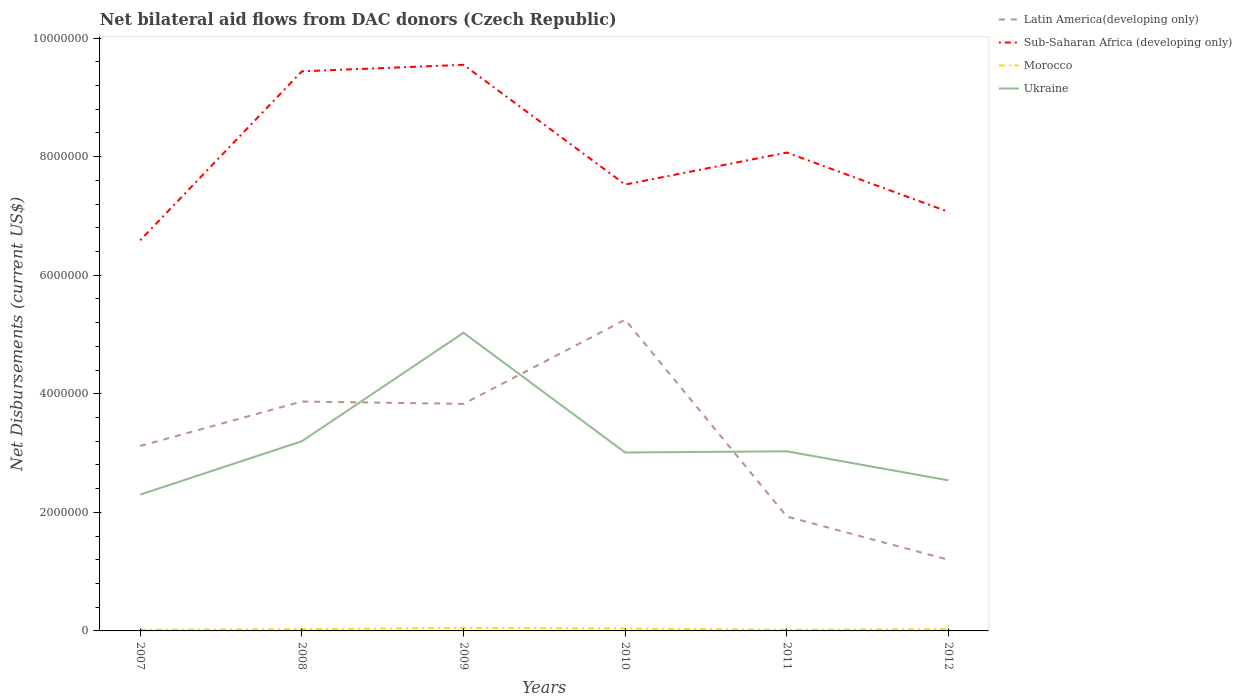
| Years | Latin America(developing only) | Sub-Saharan Africa (developing only) | Morocco | Ukraine |
 | --- | --- | --- | --- | --- |
 | 2007 | 3.12e+06 | 6.59e+06 | 2e+04 | 2.3e+06 |
 | 2008 | 3.87e+06 | 9.44e+06 | 3e+04 | 3.2e+06 |
 | 2009 | 3.83e+06 | 9.55e+06 | 5e+04 | 5.03e+06 |
 | 2010 | 5.25e+06 | 7.53e+06 | 4e+04 | 3.01e+06 |
 | 2011 | 1.93e+06 | 8.07e+06 | 2e+04 | 3.03e+06 |
 | 2012 | 1.2e+06 | 7.07e+06 | 3e+04 | 2.54e+06 |